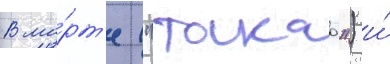
В ма́рт'е ("такао") и́